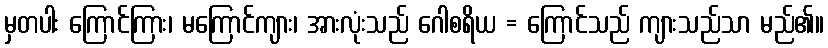
မှတပါး ကြောင်ကြား၊ မကြောင်ကျား၊ အားလုံးသည် ဂေါစရိယ = ကြောင်သည် ကျားသည်သာ မည်၏။